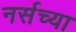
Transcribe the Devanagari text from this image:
नर्सच्या